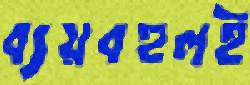
ব্যয়বহুলই